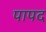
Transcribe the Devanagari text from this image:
पापद